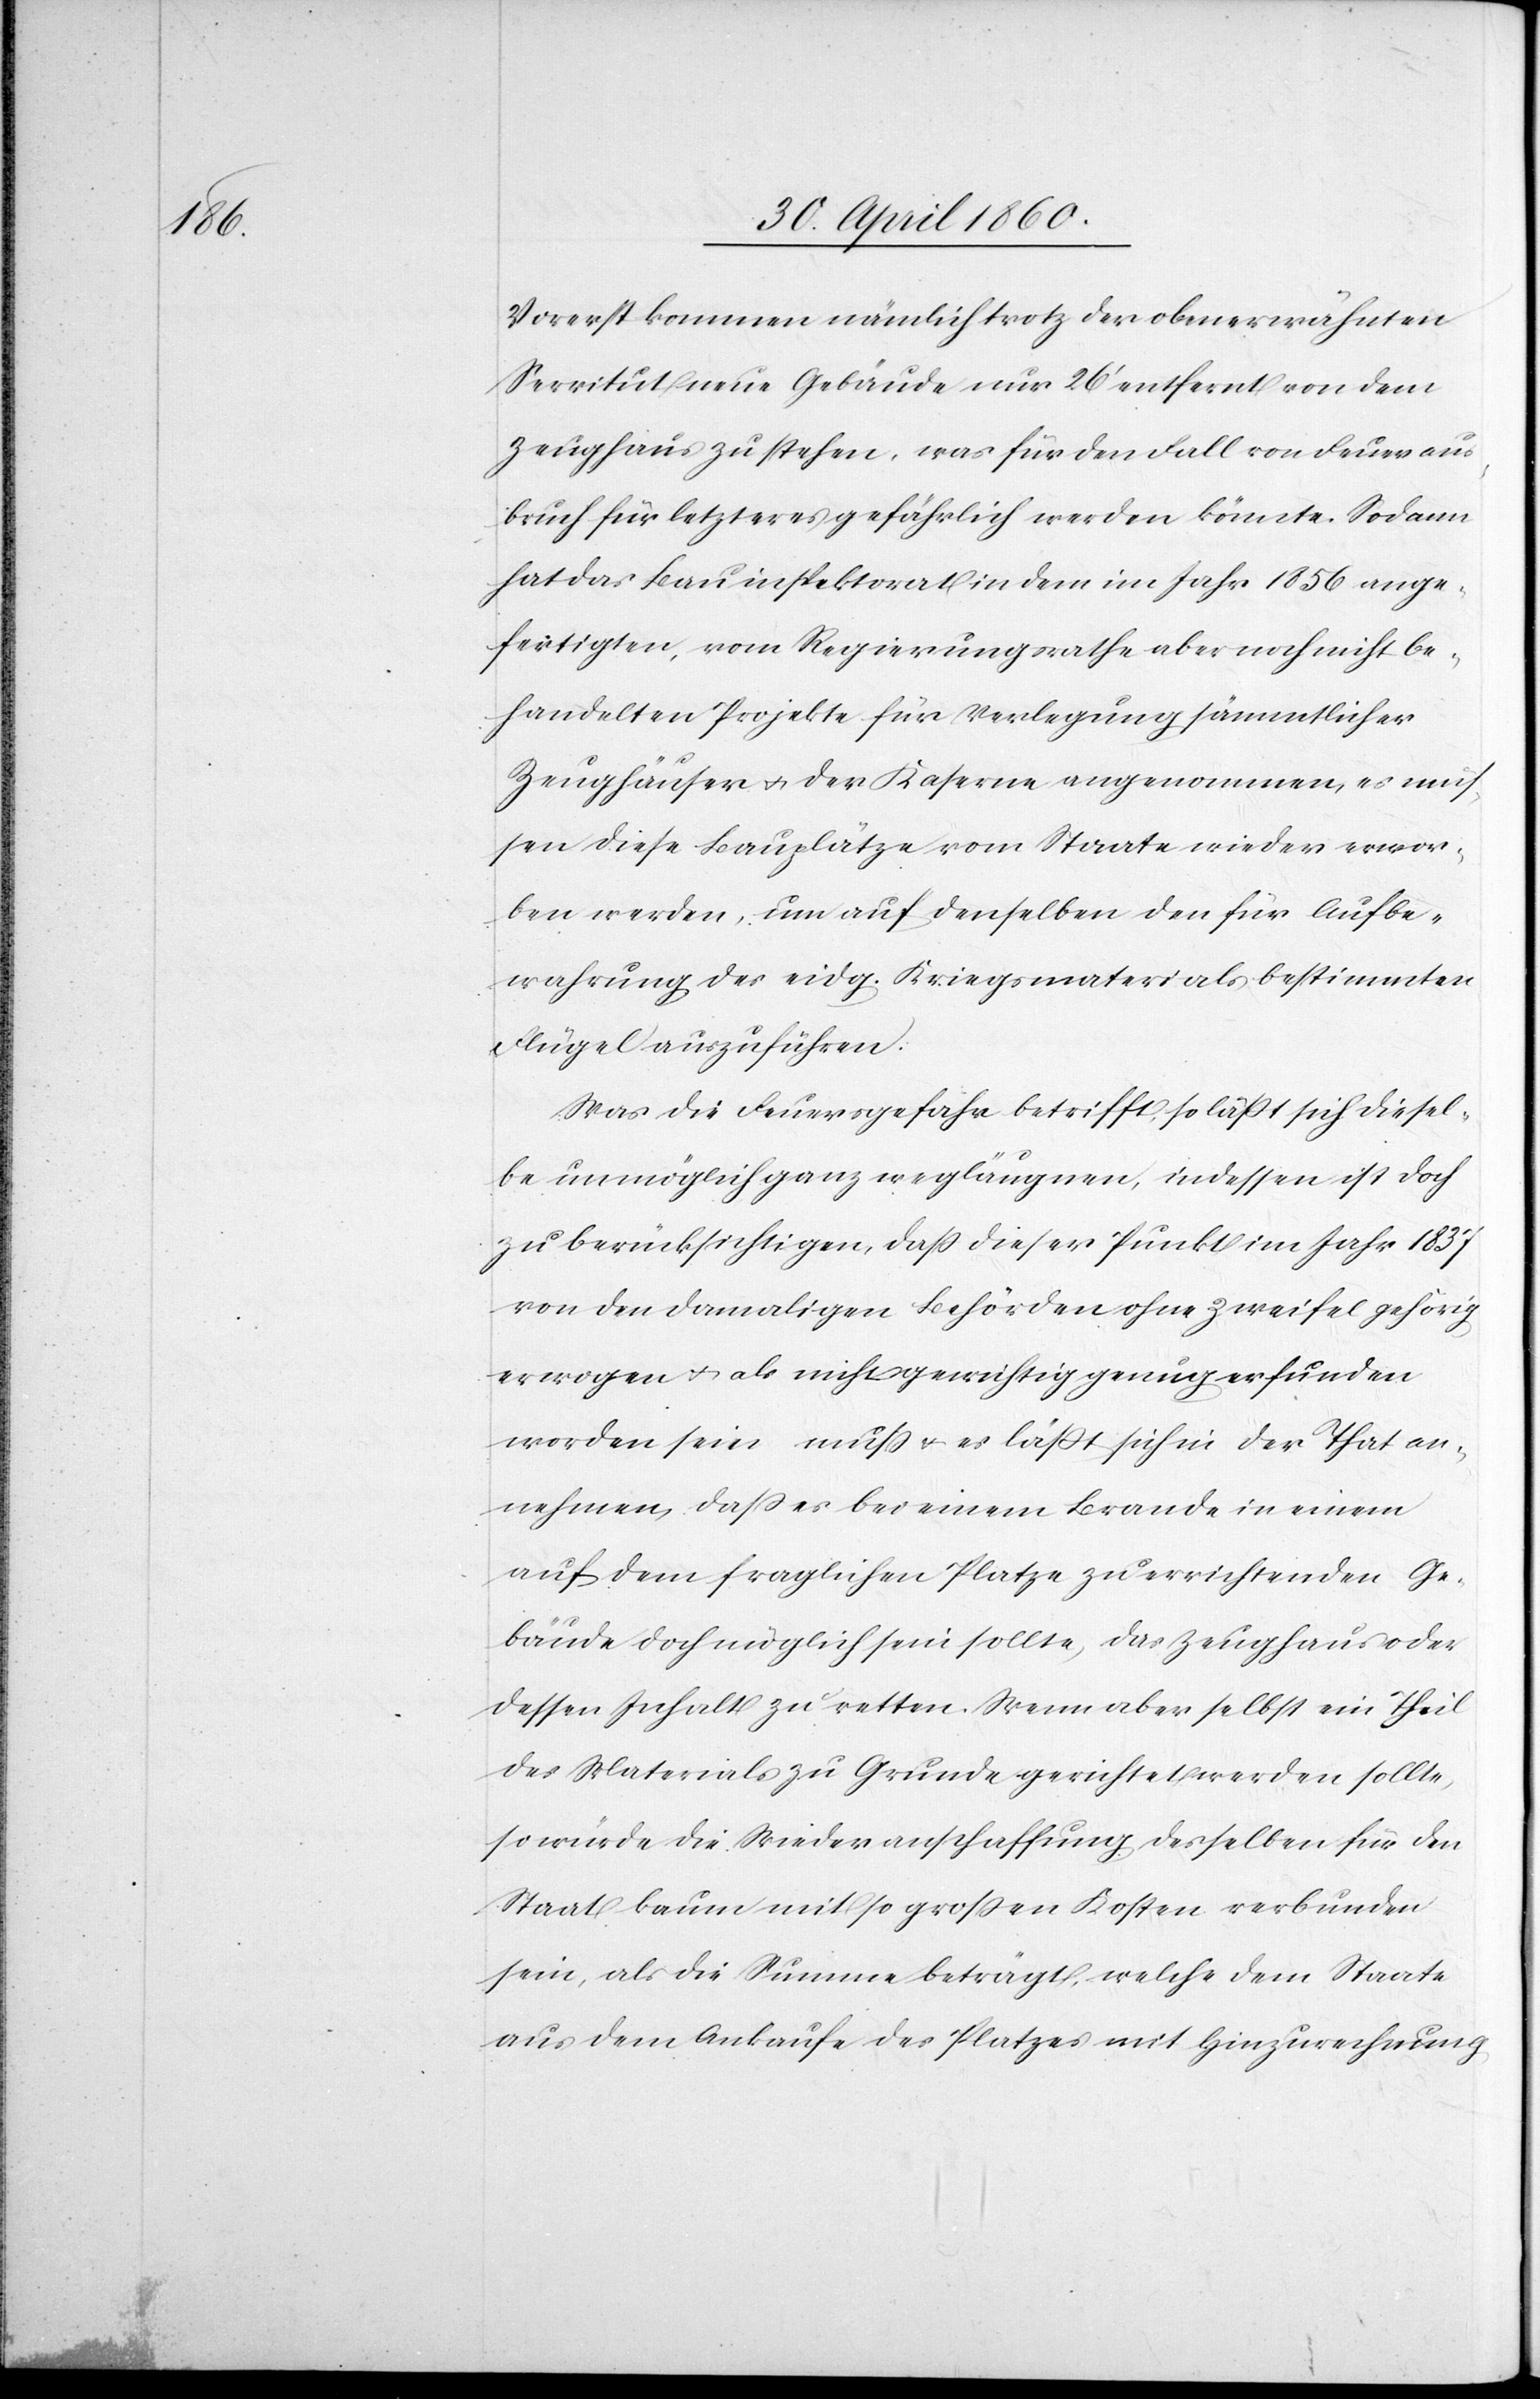
Vorerst kommen nämlich trotz der obenerwähnten
Servitut neue Gebäude nur 26’ entfernt von dem
Zeughaus zu stehen, was für den Fall von Feueraus¬
bruch für letzteres gefährlich werden könnte. Sodann
hat das Bauinspektorat in dem im Jahr 1856 abge¬
fertigten, vom Regierungsrathe aber noch nicht be¬
handelten Projekte für Verlegung sämmtlicher
Zeughäuser u. der Kaserne angenommen, es müs¬
sen diese Bauplätze vom Staate wieder erwor¬
ben werden, um auf denselben den für Aufbe¬
wahrung des eidg. Kriegsmaterials bestimmten
Flügel auszuführen.
Was die Feuersgefahr betrifft, so lässt sich diesel¬
be unmöglich ganz wegläugnen, indessen ist doch
zu berücksichtigen, dass dieser Punkt im Jahr 1837
von den damaligen Behörden ohne Zweifel gehörig
erwogen u. als nicht gewichtig genug erfunden
worden sein muss u. es lässt sich in der That an¬
nehmen, dass es bei einem Brande in einem
auf dem fraglichen Platze zu errichtenden Ge¬
bäude doch möglich sein sollte, das Zeughaus oder
dessen Inhalt zu retten. Wenn aber selbst ein Theil
des Materials zu Grunde gerichtet werden sollte,
so würde die Wiederanschaffung desselben für den
Staat kaum mit so grossen Kosten verbunden
sein, als die Summe beträgt, welche dem Staate
aus dem Ankaufe des Platzes mit Hinzurechnung